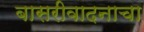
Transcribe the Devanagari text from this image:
बासरीवादनाचा